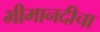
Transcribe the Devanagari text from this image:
भीमानदीचा